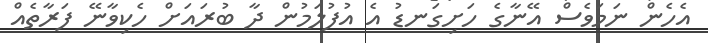
އެހެން ނަމަވެސް އޭނާގެ ހަށިގަނޑު އެ އުފުލަމުން ދާ ބުރައަށް ހެކިވާނޭ ފަރާތެއް